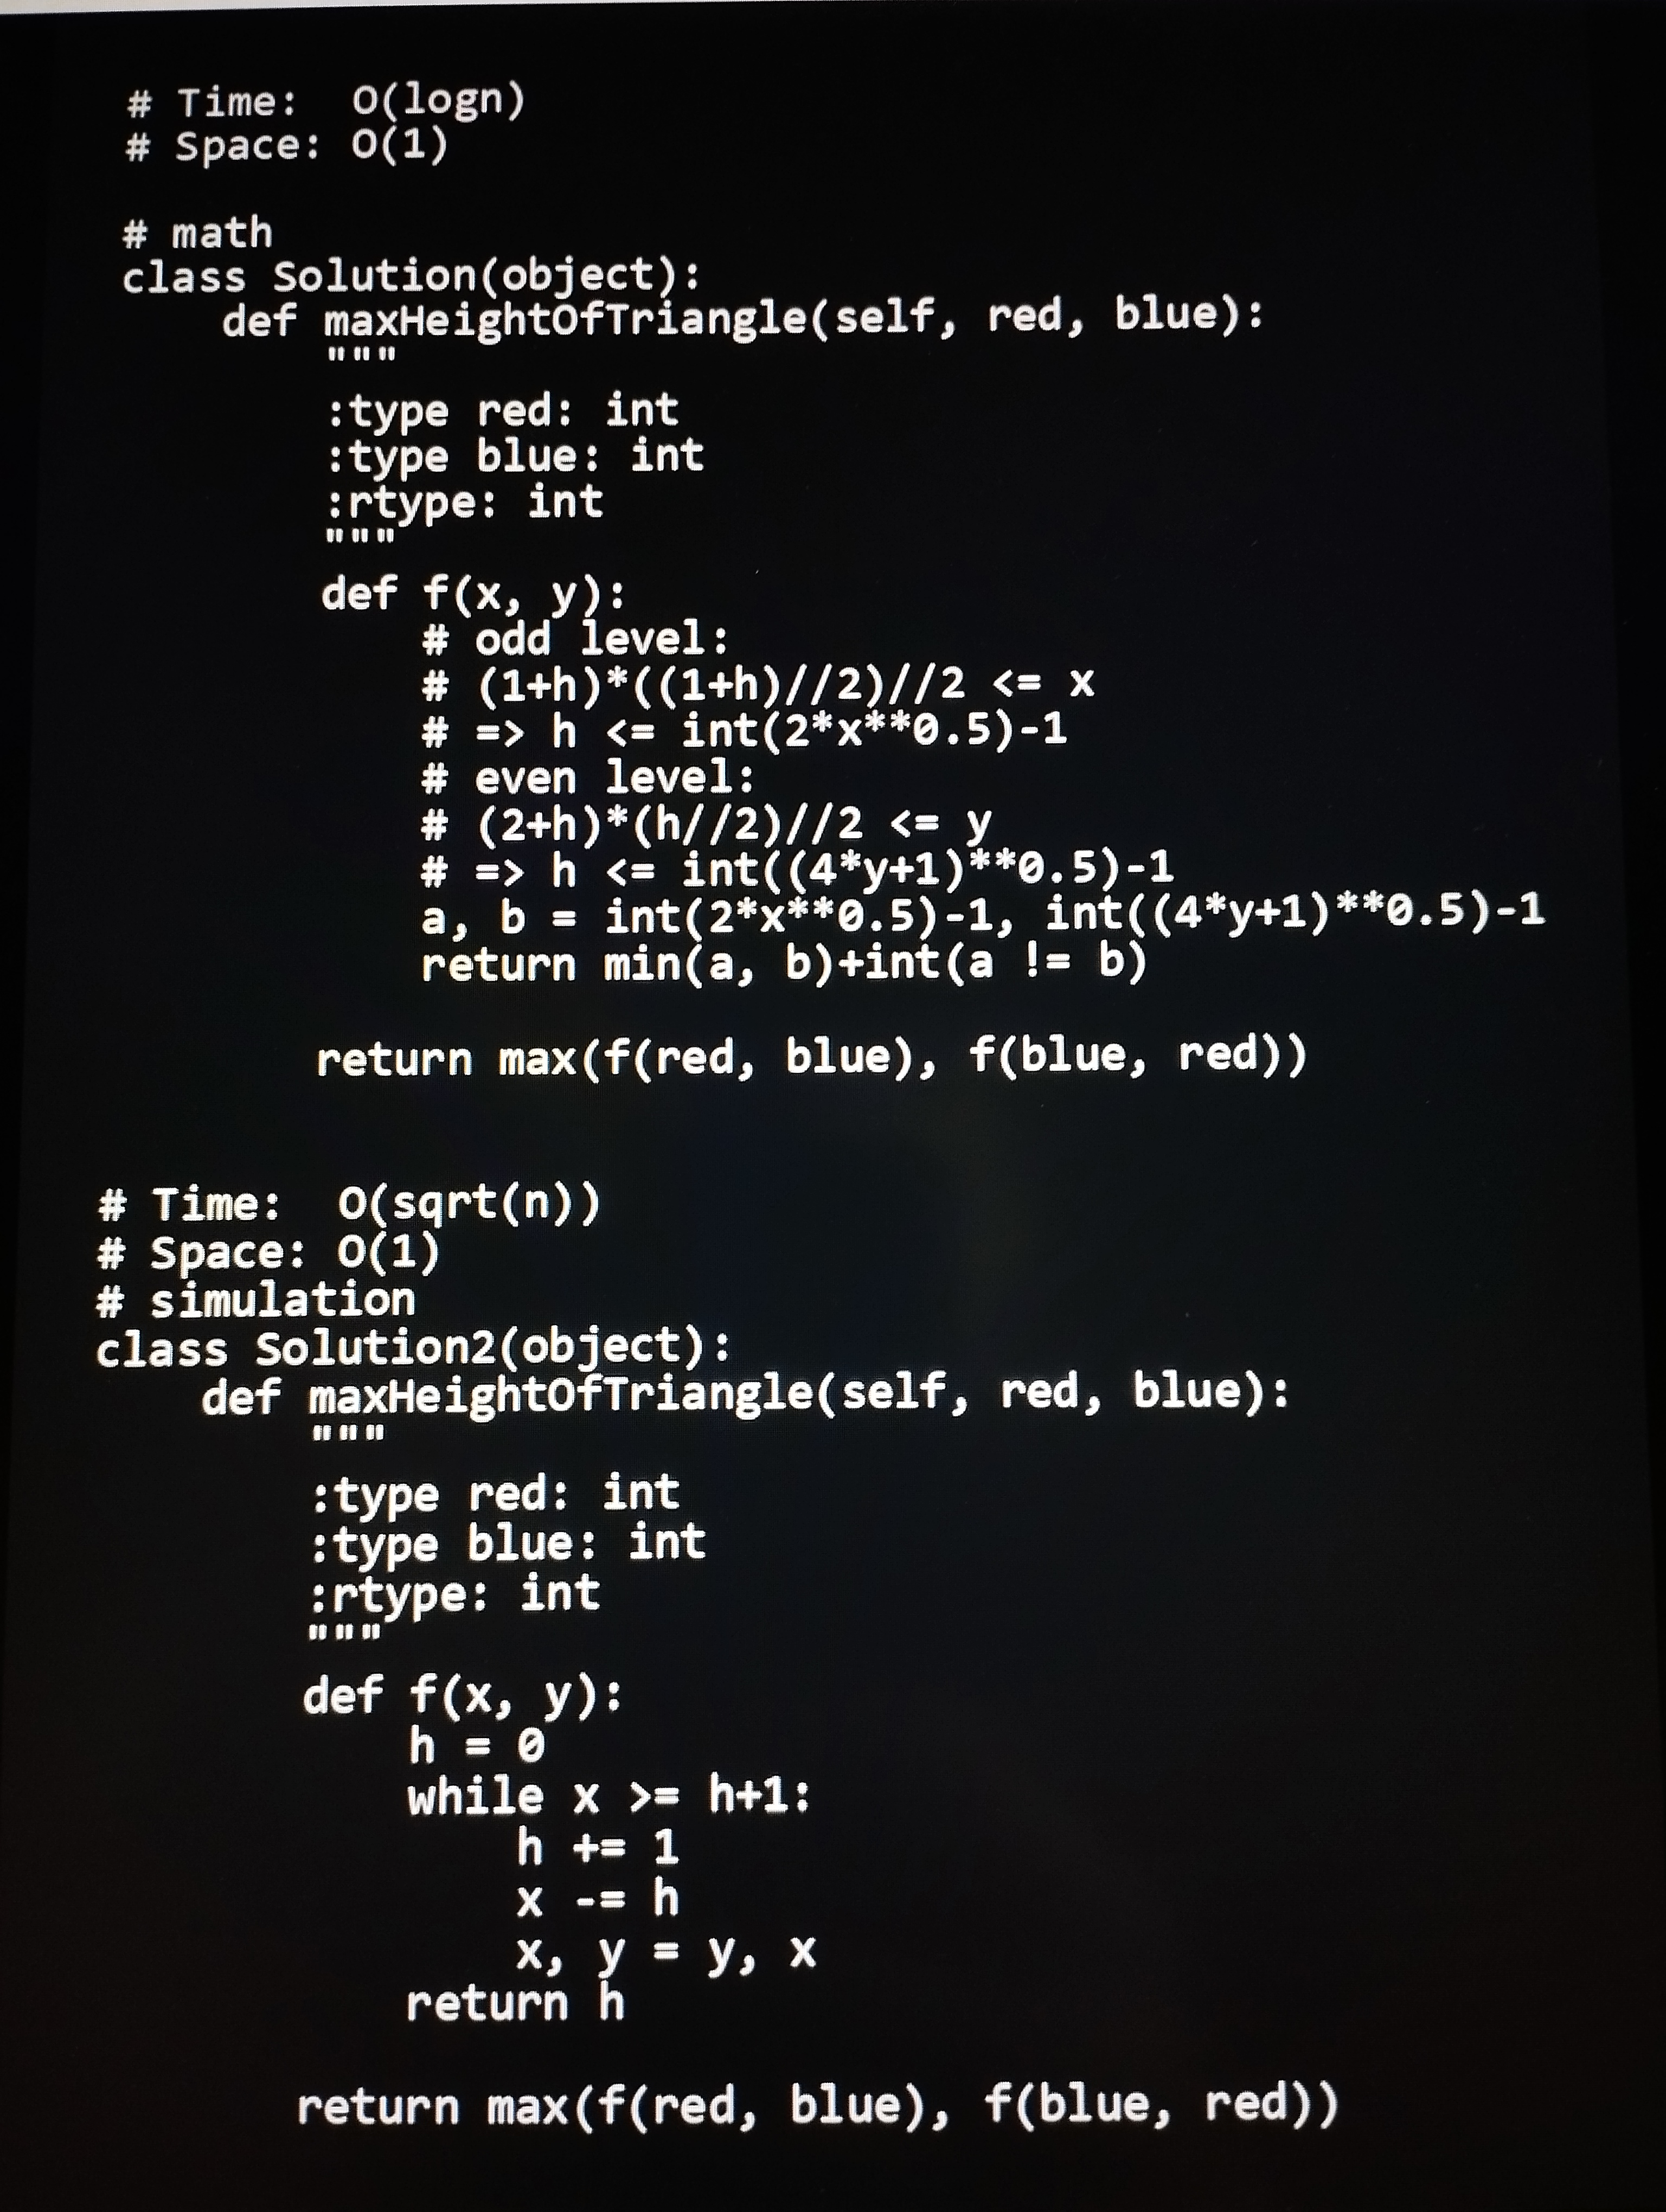
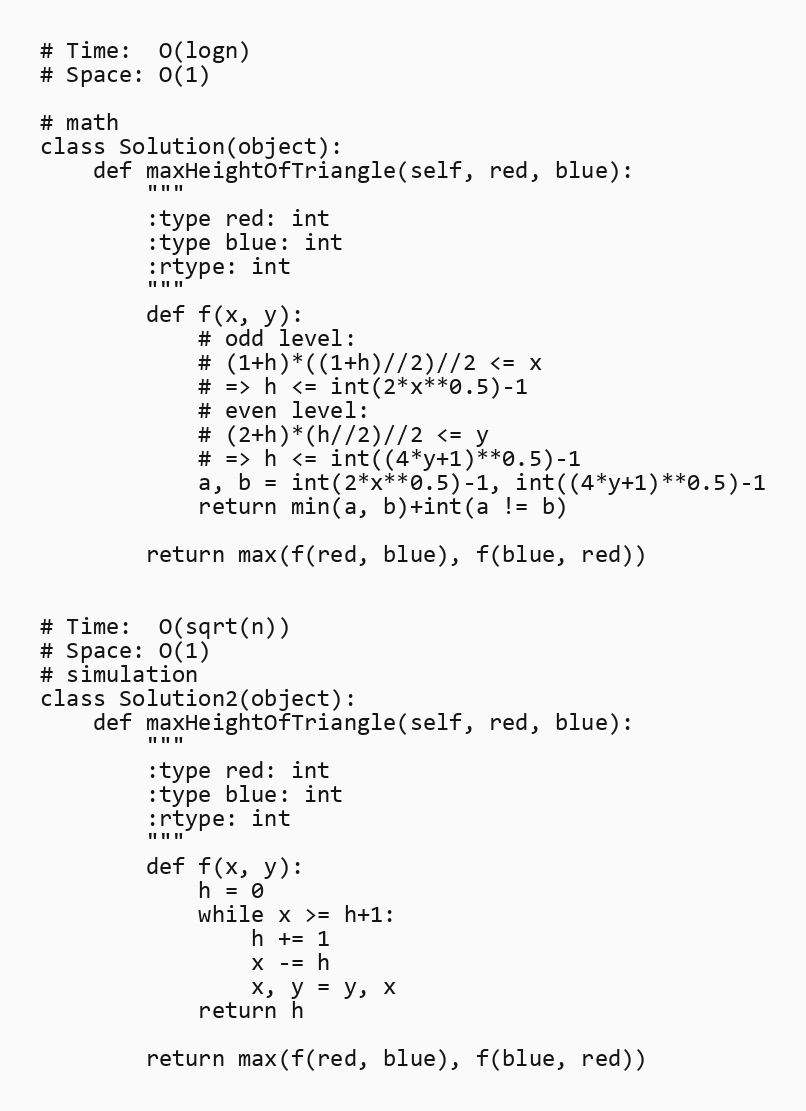
# Time:  O(logn)
# Space: O(1)

# math
class Solution(object):
    def maxHeightOfTriangle(self, red, blue):
        """
        :type red: int
        :type blue: int
        :rtype: int
        """
        def f(x, y):
            # odd level:
            # (1+h)*((1+h)//2)//2 <= x
            # => h <= int(2*x**0.5)-1
            # even level:
            # (2+h)*(h//2)//2 <= y
            # => h <= int((4*y+1)**0.5)-1
            a, b = int(2*x**0.5)-1, int((4*y+1)**0.5)-1
            return min(a, b)+int(a != b)

        return max(f(red, blue), f(blue, red))

# Time:  O(sqrt(n))
# Space: O(1)
# simulation
class Solution2(object):
    def maxHeightOfTriangle(self, red, blue):
        """
        :type red: int
        :type blue: int
        :rtype: int
        """
        def f(x, y):
            h = 0
            while x >= h+1:
                h += 1
                x -= h
                x, y = y, x
            return h

        return max(f(red, blue), f(blue, red))